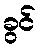
ခွင်